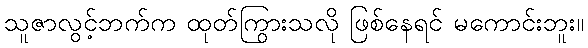
သူဇာလွင့်ဘက်က ထုတ်ကြွားသလို ဖြစ်နေရင် မကောင်းဘူး။